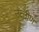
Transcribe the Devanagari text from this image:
उत्‍तीण